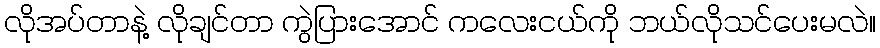
လိုအပ်တာနဲ့ လိုချင်တာ ကွဲပြားအောင် ကလေးငယ်ကို ဘယ်လိုသင်ပေးမလဲ။